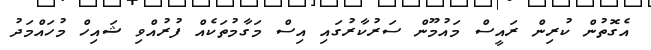
އެގޮތުން ކުރިން ރައީސް މައުމޫން ސަރުކާރުގައި އިސް މަގާމުތަކެއް ފުރުއްވި ޝައިހް މުހައްމަދު